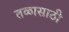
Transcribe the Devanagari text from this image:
तळासाठी